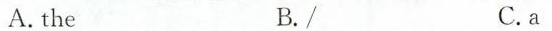
A.the B./ C.a